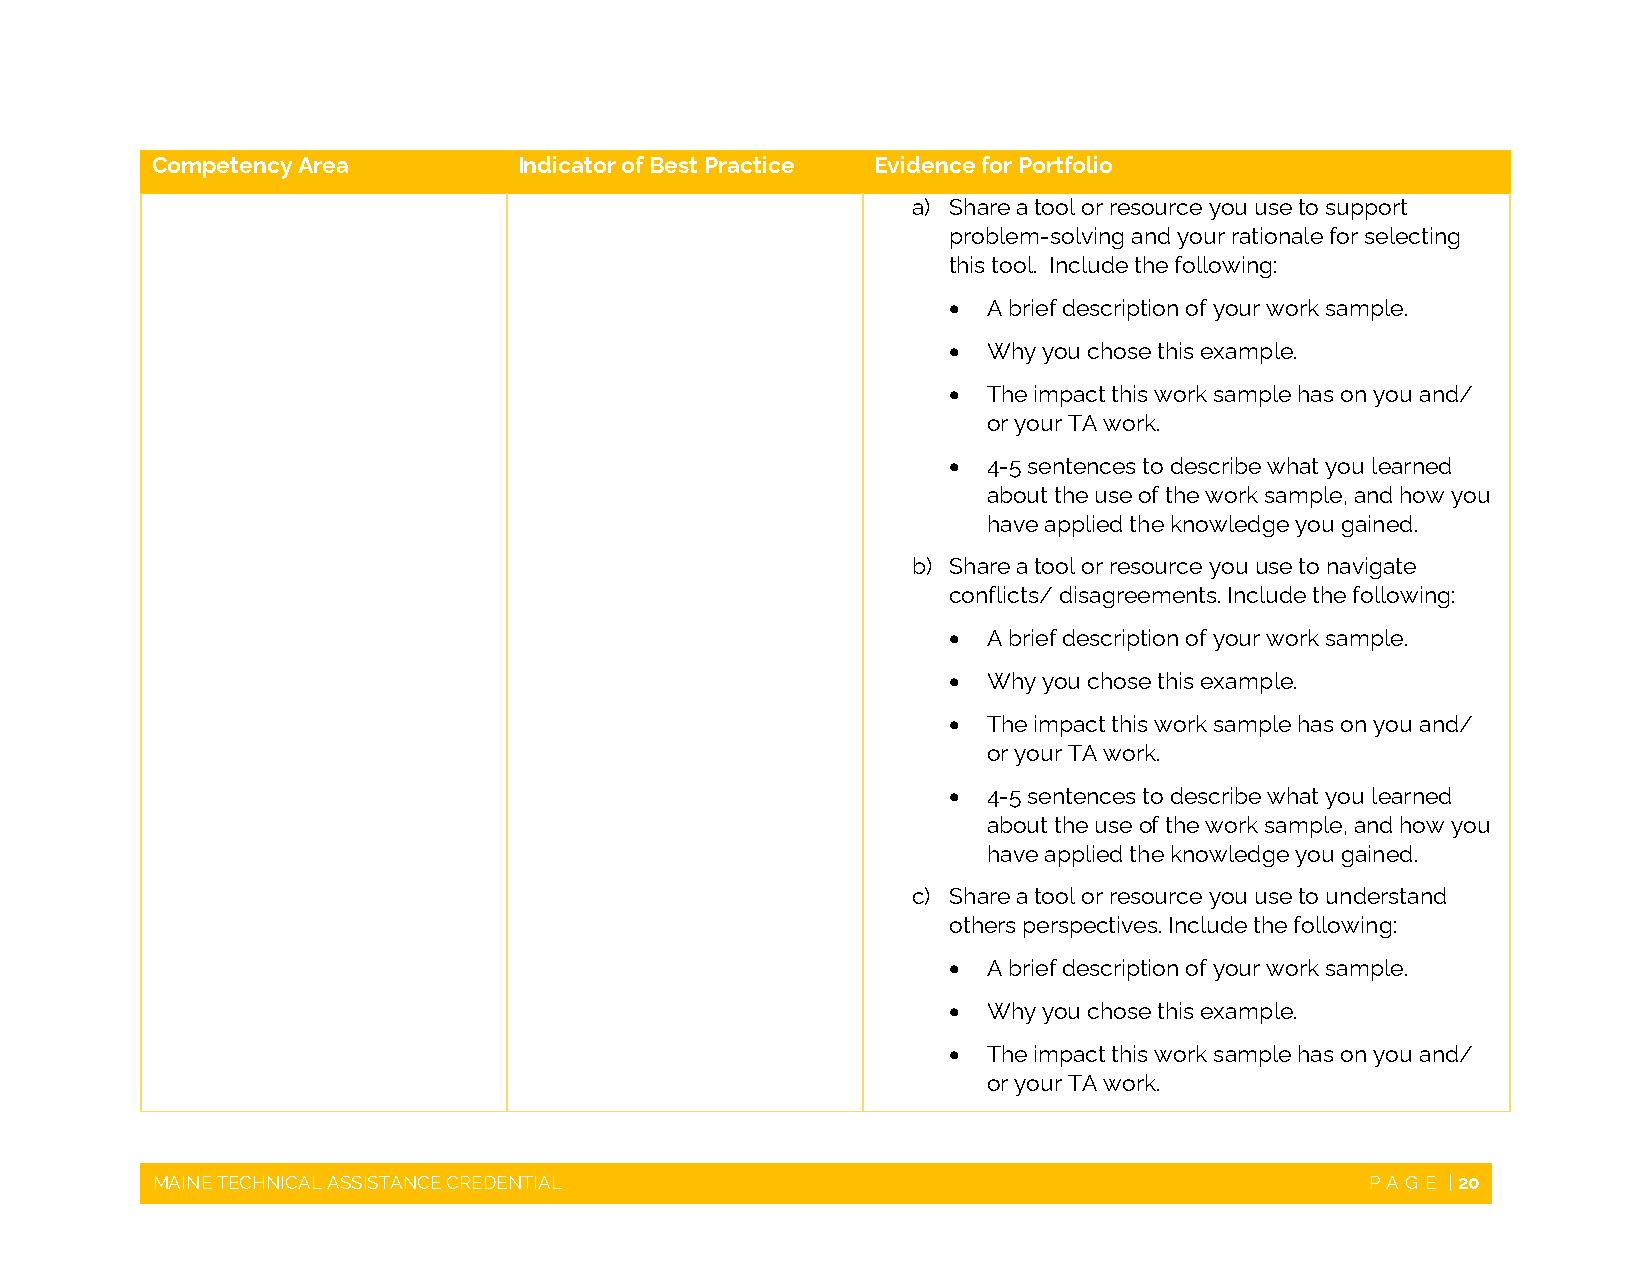
Competency Area         Indicator of Best Practice Evidence for Portfolio
 a) Share a tool or resource you use to support
 problem-solving and your rationale for selecting
 this tool. Include the following:
  A brief description of your work sample.
  Why you chose this example.
  The impact this work sample has on you and/
 or your TA work.
  4-5 sentences to describe what you learned
 about the use of the work sample, and how you
 have applied the knowledge you gained.
 b) Share a tool or resource you use to navigate
 conflicts/ disagreements. Include the following:
  A brief description of your work sample.
  Why you chose this example.
  The impact this work sample has on you and/
 or your TA work.
  4-5 sentences to describe what you learned
 about the use of the work sample, and how you
 have applied the knowledge you gained.
 c) Share a tool or resource you use to understand
 others perspectives. Include the following:
  A brief description of your work sample.
  Why you chose this example.
  The impact this work sample has on you and/
 or your TA work.
 MAINE TECHNICAL ASSISTANCE CREDENTIAL                                            PAGE | 20